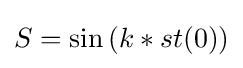
S=\sin \left(k*st(0)\right)